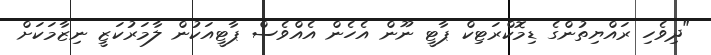
"ދިވެހި ރައްޔިތުންގެ ޑިމޮކްރަޓިކް ޕާޓީ ނޫން އެހެން އެއްވެސް ޕާޓީއަކުން ލާމަރުކަޒީ ނިޒާމަކަށް